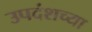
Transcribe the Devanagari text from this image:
उपदंशच्या